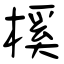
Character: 榽